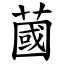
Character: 蔮